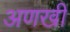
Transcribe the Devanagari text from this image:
अणखी